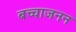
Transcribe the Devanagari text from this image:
बच्चाजनन